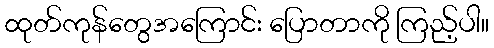
ထုတ်ကုန်တွေအကြောင်း ပြောတာကို ကြည့်ပါ။